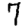
Digit: 7